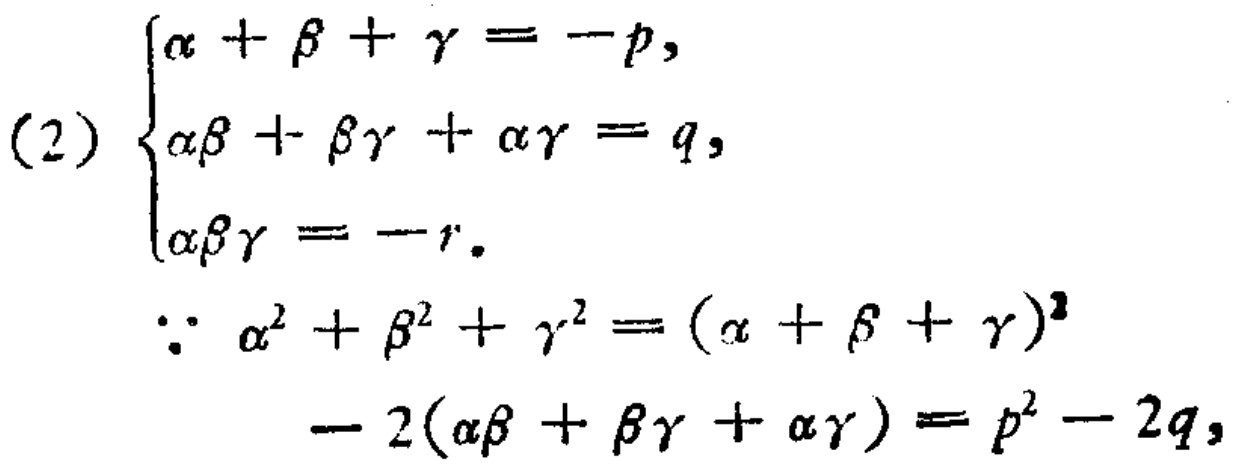
\[
(2)\begin{cases}
\alpha+\beta+\gamma=-p,\\
\alpha\beta+\beta\gamma+\alpha\gamma = q,\\
\alpha\beta\gamma=-r.
\end{cases}
\]
\[
\begin{align*}
\because \alpha^{2}+\beta^{2}+\gamma^{2}&=(\alpha + \beta+\gamma)^{2}\\
-2(\alpha\beta+\beta\gamma+\alpha\gamma)&=p^{2}-2q,
\end{align*}
\]